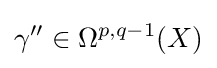
\gamma ''\in \Omega ^{p,q-1}(X)